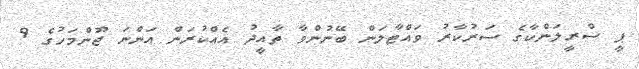
ޕީ ސްރީލަންކާގެ ސަރުކާރު ވައްޓާލަން ބޭނުންވާ ތާއީދު އެއްކުރަން އަންނަ ޖޫންމަހުގެ 9